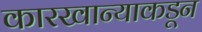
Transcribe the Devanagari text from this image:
कारखान्याकडून